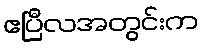
ဧပြီလအတွင်းက